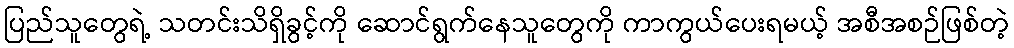
ပြည်သူတွေရဲ့ သတင်းသိရှိခွင့်ကို ဆောင်ရွက်နေသူတွေကို ကာကွယ်ပေးရမယ့် အစီအစဉ်ဖြစ်တဲ့